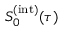
S _ { 0 } ^ { ( \mathrm { i n t } ) } ( \tau )